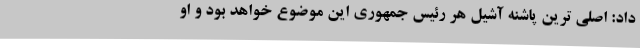
داد: اصلی ترین پاشنه آشیل هر رئیس جمهوری این موضوع خواهد بود و او